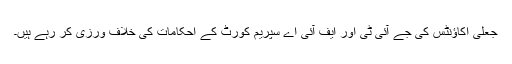
جعلی اکاؤنٹس کی جے آئی ٹی اور ایف آئی اے سپریم کورٹ کے احکامات کی خلاف ورزی کر رہے ہیں۔